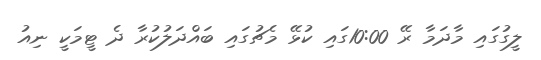
ލީގުގައި މާދަމާ ރޭ 10:00ގައި ކުޅޭ މެޗުގައި ބައްދަލުކުރާ ދެ ޓީމަކީ ނިއު